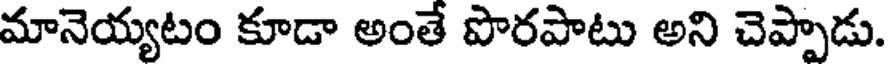
మానెయ్యటం కూడా అంతే పొరపాటు అని చెప్పాడు.